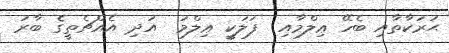
ޙަރަކާތާއި ބެހޭ ޢިލްމާއި  ފަލަކީ ޢިލްމު  އަދި އެއްޗެތީގެ ބާރު